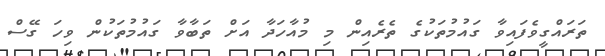
ތަރައްގީވެފައިވާ ގައުމުތަކުގެ ތެރެއިން މި މުއާހަދާ އަށް ތަބާވާ ގައުމުތަކުން ވިހަ ގޭސް